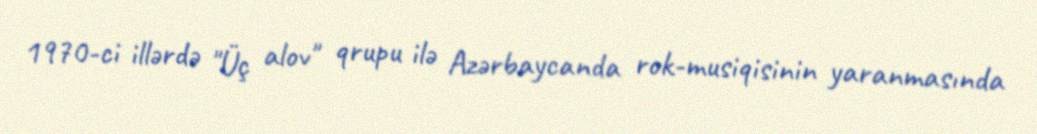
1970-ci illərdə "Üç alov" qrupu ilə Azərbaycanda rok-musiqisinin yaranmasında